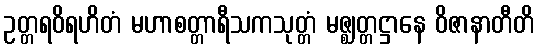
ဥတ္တရဝိရဟိတံ မဟာစတ္တာရီသကသုတ္တံ မဇ္ဈတ္တဋ္ဌာနေ ဝိဇာနာတီတိ